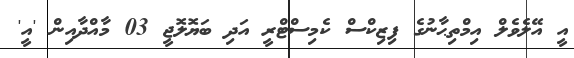
އީ އޭލެވެލް އިމްތިޙާނުގެ ފިޒިކްސް ކެމިސްޓްރީ އަދި ބަޔޮލޮޖީ 03 މާއްދާއިން 'އީ'